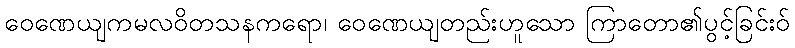
ဝေဏေယျကမလဝိတသနကရော၊ ဝေဏေယျတည်းဟူသော ကြာတော၏ပွင့်ခြင်းဝ်